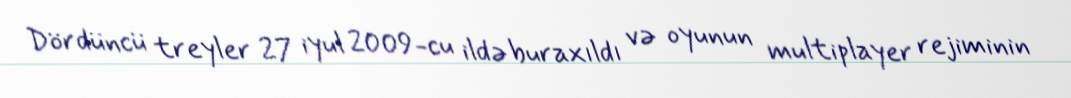
Dördüncü treyler 27 iyul 2009-cu ildə buraxıldı və oyunun multiplayer rejiminin